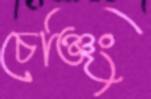
চেঞ্জিং